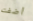
أضفت